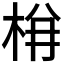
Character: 𭩺